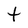
Character: t